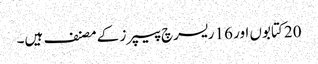
20 کتابوں اور 16 ریسرچ پیپرز کے مصنف ہیں۔